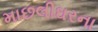
માછલીઘરના